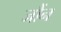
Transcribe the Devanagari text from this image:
जौंन